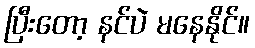
ပြီးတော့ နင်ပဲ မနေနိုင်။